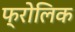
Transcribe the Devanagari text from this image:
फ्रोलिक